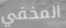
المخفي